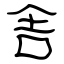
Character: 舎